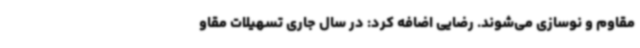
مقاوم و نوسازی می‌شوند. رضایی اضافه کرد: در سال جاری تسهیلات مقاو